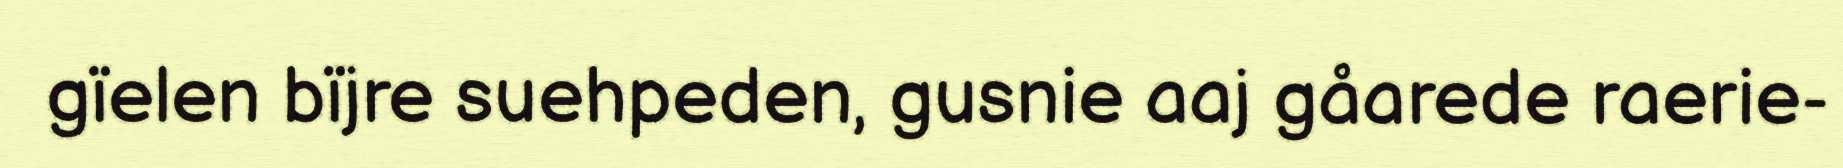
gïelen bïjre suehpeden, gusnie aaj gåarede raerie-